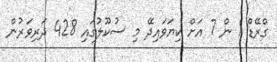
ގްރޭޑް 1 ން 7 އަށް ކިޔަވައިދޭ މި ސުކޫލުގައި 428 ދަރިވަރުން